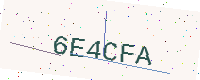
Text: 6E4CFA